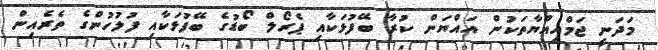
މަދަނީ ޖަމްއިއްޔާތަކުން އައްޔަން ކުރާ ބޭފުޅަކާއި ޕެރޯލް ބޯޑުގެ ބޭފުޅަކާއި ފުލުހުންގެ ތެރެއިން